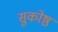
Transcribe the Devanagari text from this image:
सुकोष्ठ